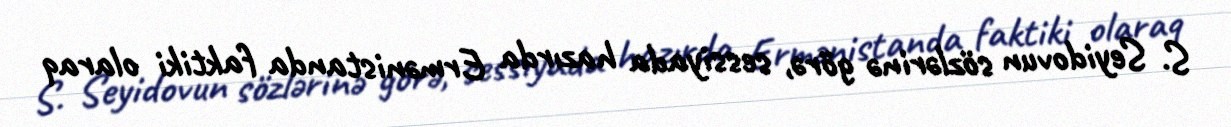
S. Seyidovun sözlərinə görə, sessiyada hazırda Ermənistanda faktiki olaraq